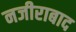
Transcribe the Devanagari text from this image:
नजीराबाद